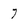
Character: 7